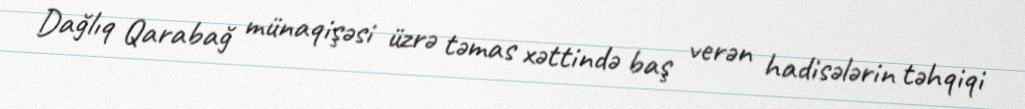
Dağlıq Qarabağ münaqişəsi üzrə təmas xəttində baş verən hadisələrin təhqiqi